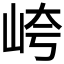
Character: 𱛡